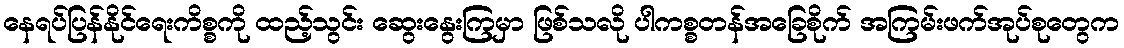
နေရပ်ပြန်နိုင်ရေးကိစ္စကို ထည့်သွင်း ဆွေးနွေးကြမှာ ဖြစ်သလို ပါကစ္စတန်အခြေစိုက် အကြမ်းဖက်အုပ်စုတွေက